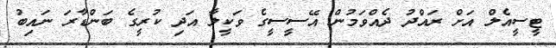
ޓީސީއެލް އަށް ރައްދު ދެއްވަމުން އޭސީސީގެ ވަކީލާ އަދި ކުރީގެ ބަންޑާރަ ނައިބު